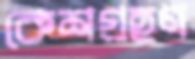
কেশগ্রহণ